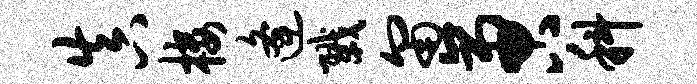
真楼逄戮匍啻科